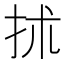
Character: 𢫖